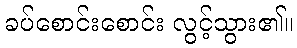
ခပ်စောင်းစောင်း လွင့်သွား၏။